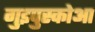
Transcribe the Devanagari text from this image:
गुइपुस्कोआ